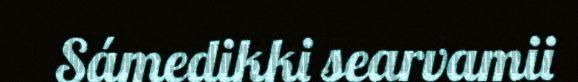
Sámedikki searvamii